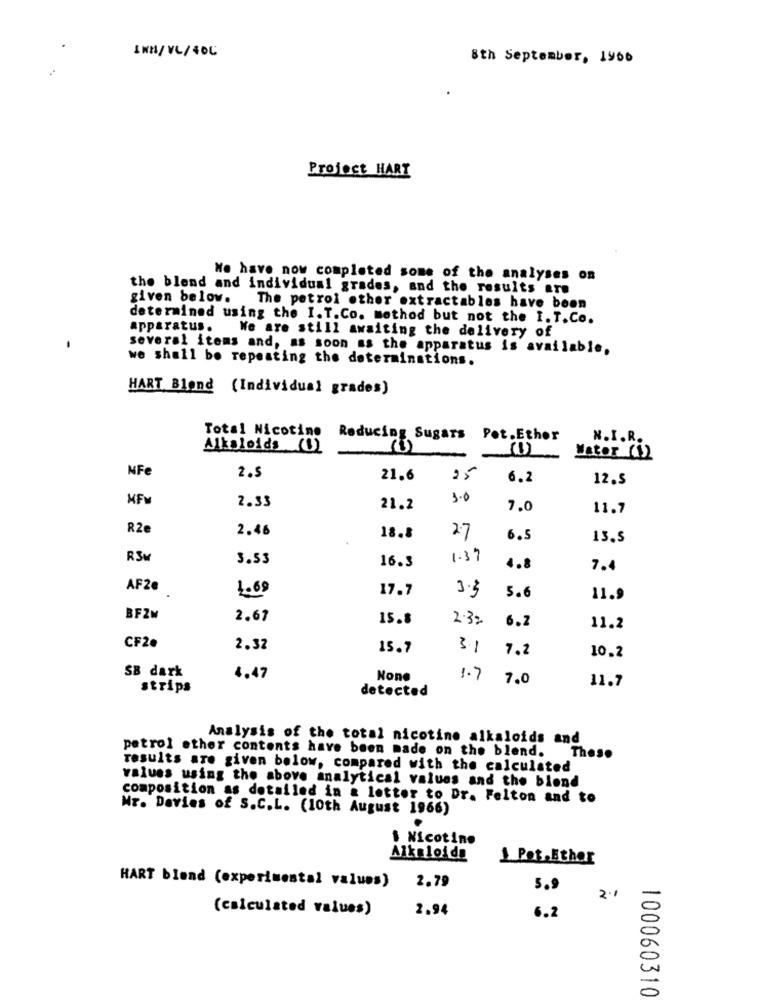
.
INN/VL/40C
8th September, 1966
Project HART
We have now completed some of the analyses on
the blend and individual grades, and the results are
given below. The petrol other extractables have been
determined using the I. T.Co. method but not the I. T. Co.
apparatus.
We are still awaiting the delivery of
several items and, as soon as the apparatus is available,
we shall be repeating the determinations.
HART Blond (Individual grades)
Total Nicotine
Reducing Sugars Pot.Ethor
N. I.R.
Alkaloids (1)
(1)
Water (1)
NFe
2.5
21.6
25
6.2
12.5
MFv
3.0
2.33
21.2
7.0
11.7
R2e
2.46
2.7
18.8
6.5
13.5
RSM
3.53
16.3
1.37
4.8
7.4
AF2€
1.69
17.7
3.3
5.6
11.9
BFZM
2.67
15.8
2.3%
6.2
11.2
CF26
2.32
15.7
3.1
7.2
10.2
SB dark
4.47
1.7
7.0
11.7
strips
detected
Analysis of the total nicotine alkaloids and
petrol other contents have been made on the blend. These
results are given below, compared with the calculated
values using the above analytical values and the blond
composition as detailed in & letter to Dr. Felton and to
Nr. Davies of S.C.L. (10th August 1966)
$ Nicotine
Alkaloids
1 Pot,Ether
HART bland (experimental values)
2.79
5.9
2.1
(calculated values)
2.94
6.2
100060310